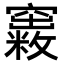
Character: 𥨺